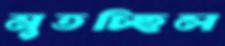
মুতচ্ছিল